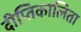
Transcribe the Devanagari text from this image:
दीप्तिकालिता